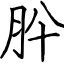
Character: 肸